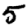
Digit: 5